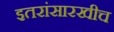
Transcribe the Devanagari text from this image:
इतरांसारखीच